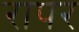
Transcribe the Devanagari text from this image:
रापर